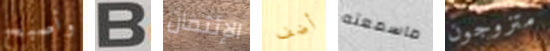
وأصبح B الإئتمان أضف ماسمعته متزوجون